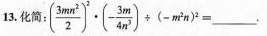
13.化简：( $$\frac{3mn^{2}}{2})^{2}\times (- \frac{3m}{4n^{3}}){\div} (-m^{2}n)^{2}=$$